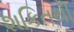
શકિતથી